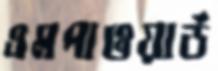
এমপাওয়ার্ড